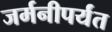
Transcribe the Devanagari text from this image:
जर्मनीपर्यंत